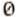
0